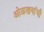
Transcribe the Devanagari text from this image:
ओळखयांची